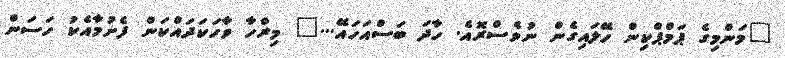
"މަންމިގެ ޕަމްޕްކިން ހޭލައިގެން ނުވެސްރޮއެ. ހާދަ ބަސްއަހައޭ..." މިރްހާ ވާހަކަދައްކަން ފެށުމާއެކު ހަސަން